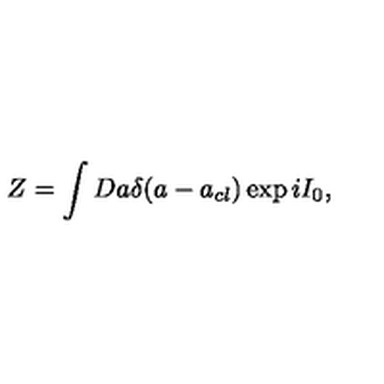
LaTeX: Z = \int D a \delta ( a - a _ { c l } ) \exp i I _ { 0 } ,